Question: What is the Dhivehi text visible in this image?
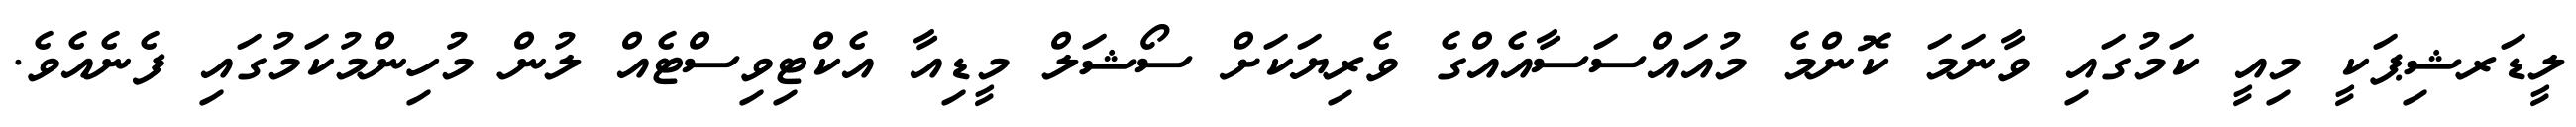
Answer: ލީޑަރޝިޕަކީ މިއީ ކަމުގައި ވާނަމަ ކޮންމެ މުއައްސަސާއެއްގެ ވެރިޔަކަށް ސޯޝަލް މީޑިއާ އެކްޓިވިސްޓެއް ލުން މުހިންމުކަމުގައި ފެނެއެވެ.